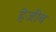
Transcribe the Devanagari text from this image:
हेजीब